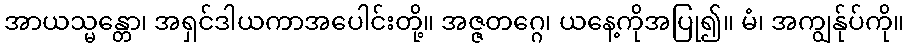
အာယသ္မန္တော၊ အရှင်ဒါယကာအပေါင်းတို့။ အဇ္ဇတဂ္ဂေ၊ ယနေ့ကိုအပြု၍။ မံ၊ အကျွန်ုပ်ကို။